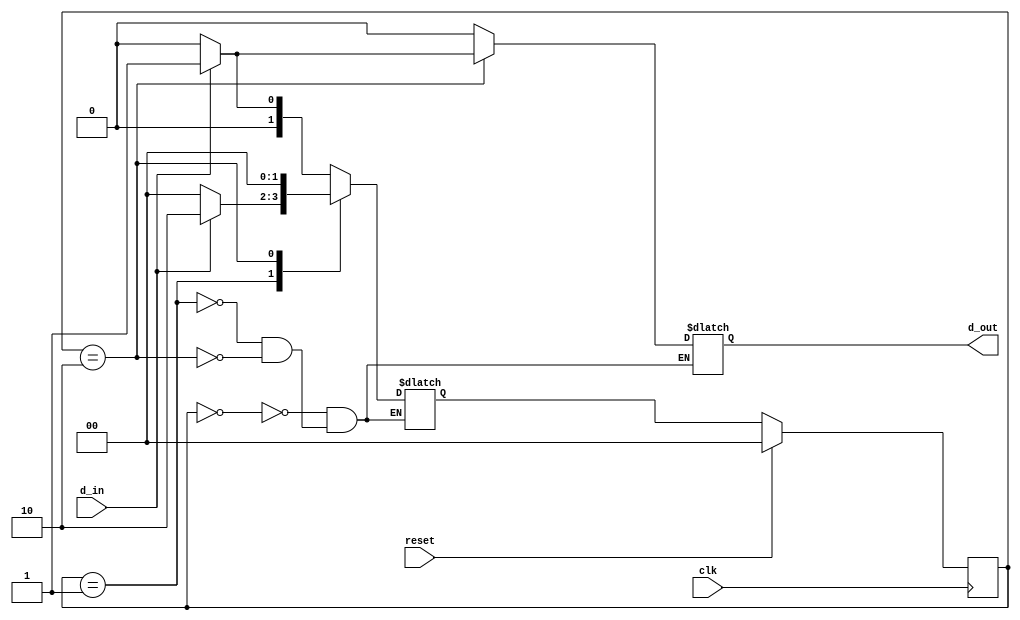
module state_3_mealy(d_out,d_in,reset,clk);
	input d_in,reset,clk;
	output d_out;
	
	reg [1:0] state,next_state;
	reg d_out;
	
	parameter
		s_0=2'b00,
		s_1=2'b01,
		s_2=2'b10;
		
	always @( posedge clk)
			if(reset)
				state<=s_0;
			else
				state<=next_state;
		
	always @(state,d_in)
		case (state)
		
			s_0:
			if(d_in==0)
				begin
					d_out<=0;
					next_state<=s_0;
				end
			
			else if(d_in==1)
				begin
					d_out<=0;
					next_state<=s_1;
				end
				
			s_1:
			if(d_in==0)
				begin
					d_out<=0;
					next_state<=s_0;
				end
				
			else if(d_in==1)
				begin
					d_out<=0;
					next_state<=s_2;
				end
				
			s_2:
			if(d_in==0)
				begin
					d_out<=0;
					next_state<=s_0;
				end
			else if(d_in==1)
				begin
					d_out<=1;
					next_state<=s_0;
		end endcase
endmodule